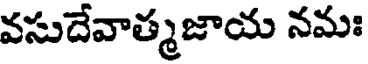
వసుదేవాత్మజాయ నమః